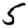
Digit: 5